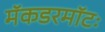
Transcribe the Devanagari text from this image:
मॅकडरमॉटः